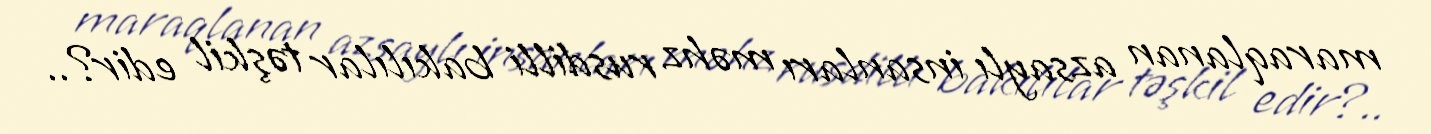
maraqlanan azsaylı insanları məhz rusdilli bakılılar təşkil edir?..